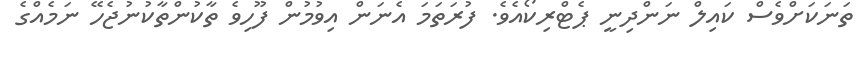
ތަނަކަށްވެސް ކައިލް ނަންދިނީ ޕެޓްރިކޯއެވެ. ފުރަތަމަ އެނަން އިވުމުން ފޫހިވެ ތާކުންތާކުނުޖެހޭ ނަމެއްގެ